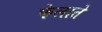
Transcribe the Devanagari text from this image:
फेलाते